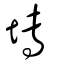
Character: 塼